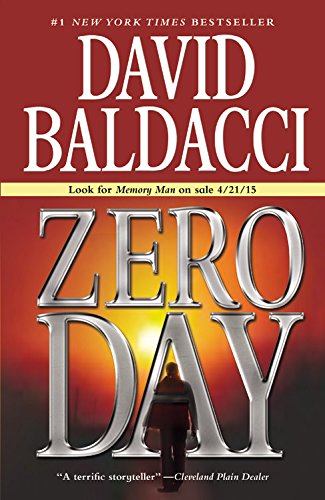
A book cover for Zero Day (John Puller, Book 1) (John Puller Series); David Baldacci; Mystery, Thriller & Suspense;